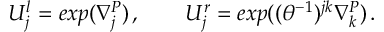
U _ { j } ^ { l } = e x p ( \nabla _ { j } ^ { P } ) \, , \qquad U _ { j } ^ { r } = e x p ( ( \theta ^ { - 1 } ) ^ { j k } \nabla _ { k } ^ { P } ) \, .